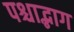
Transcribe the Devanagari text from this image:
पश्चाद्भाग